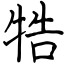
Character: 牿